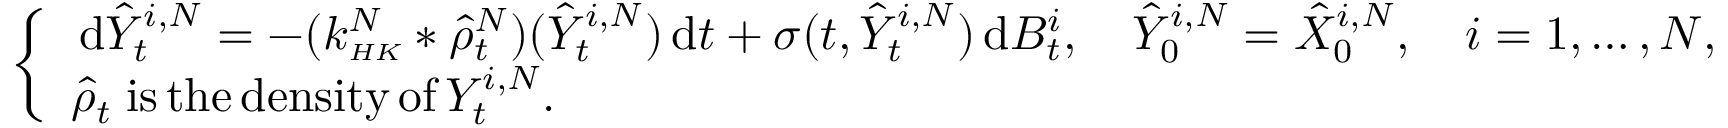
\begin{array} { r } { \left\{ \begin{array} { l l } { \, \mathrm { d } \hat { Y } _ { t } ^ { i , N } = - ( k _ { \scriptscriptstyle { H K } } ^ { N } * \hat { \rho } _ { t } ^ { N } ) ( \hat { Y } _ { t } ^ { i , N } ) \, \mathrm { d } t + \sigma ( t , \hat { Y } _ { t } ^ { i , N } ) \, \mathrm { d } B _ { t } ^ { i } , \quad \hat { Y } _ { 0 } ^ { i , N } = \hat { X } _ { 0 } ^ { i , N } , \quad i = 1 , \ldots , N , } \\ { \hat { \rho } _ { t } \; \mathrm { i s \, t h e \, d e n s i t y \, o f } \, Y _ { t } ^ { i , N } . } \end{array} \right. } \end{array}